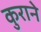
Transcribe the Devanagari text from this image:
कुराने